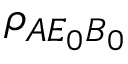
{ { \rho } _ { A { { E } _ { 0 } } { { B } _ { 0 } } } }